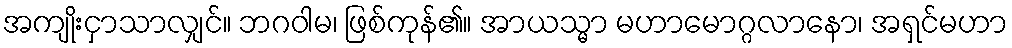
အကျိုးငှာသာလျှင်။ ဘဂဝါမ၊ ဖြစ်ကုန်၏။ အာယသ္မာ မဟာမောဂ္ဂလာနော၊ အရှင်မဟာ